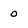
Character: o